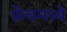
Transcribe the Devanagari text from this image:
फ्रेंचमध्ये